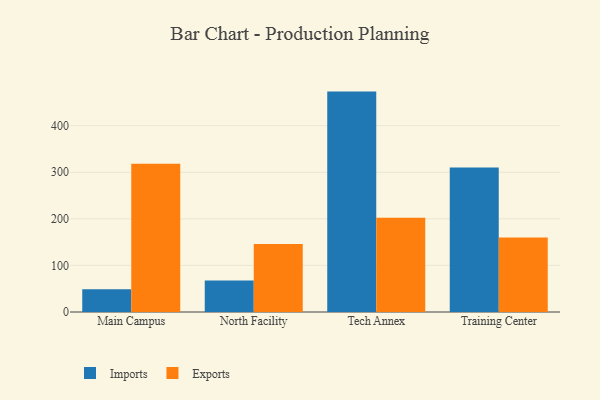
{"axis": {"x": "Campus", "y": "Inventory Turnover"}, "legend": ["Exports", "Imports"], "data": [{"x": "Main Campus", "y": 49.0, "type": "Imports"}, {"x": "Main Campus", "y": 318.2, "type": "Exports"}, {"x": "North Facility", "y": 67.8, "type": "Imports"}, {"x": "North Facility", "y": 146.0, "type": "Exports"}, {"x": "Tech Annex", "y": 473.2, "type": "Imports"}, {"x": "Tech Annex", "y": 202.1, "type": "Exports"}, {"x": "Training Center", "y": 310.3, "type": "Imports"}, {"x": "Training Center", "y": 159.9, "type": "Exports"}]}